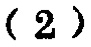
-2